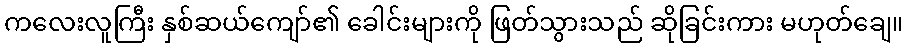
ကလေးလူကြီး နှစ်ဆယ်ကျော်၏ ခေါင်းများကို ဖြတ်သွားသည် ဆိုခြင်းကား မဟုတ်ချေ။